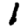
Digit: 1